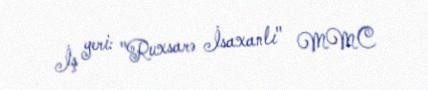
İş yeri: "Ruxsarə İsaxanlı" MMC